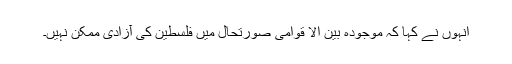
انہوں نے کہا کہ موجودہ بین الا قوامی صورتحال میں فلسطین کی آزادی ممکن نہیں۔